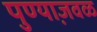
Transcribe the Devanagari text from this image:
पुण्या़जवळ